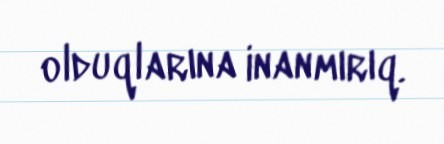
olduqlarına inanmırıq.